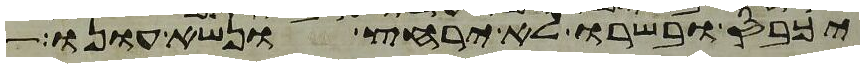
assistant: יכבס ובשרו לא ירחץ ונשא עונו